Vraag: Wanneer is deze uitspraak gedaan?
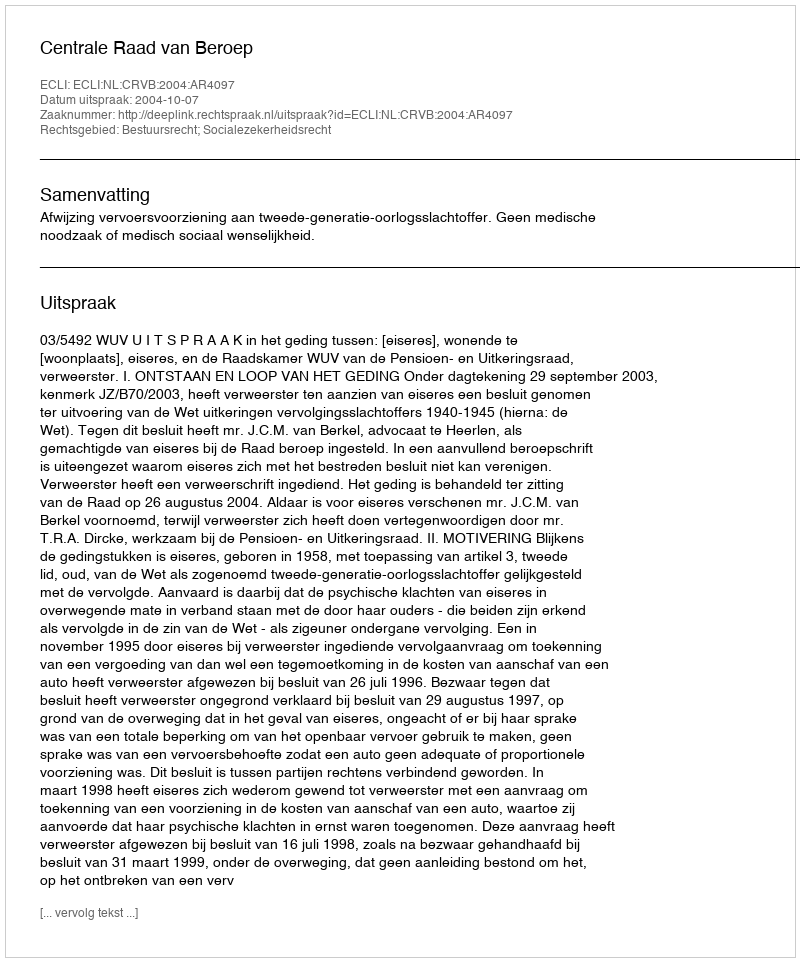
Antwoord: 2004-10-07